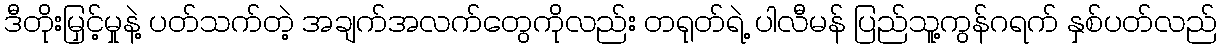
ဒီတိုးမြှင့်မှုနဲ့ ပတ်သက်တဲ့ အချက်အလက်တွေကိုလည်း တရုတ်ရဲ့ ပါလီမန် ပြည်သူ့ကွန်ဂရက် နှစ်ပတ်လည်